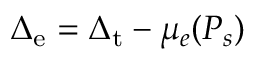
\Delta _ { \mathrm { e } } = \Delta _ { \mathrm { t } } - \mu _ { e } ( P _ { s } )